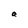
Character: a